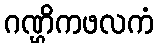
ဂဏ္ဌိကဖလကံ